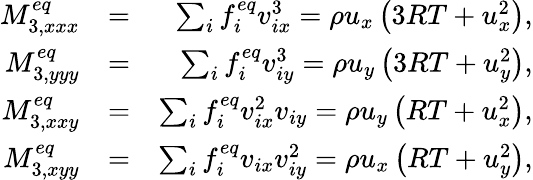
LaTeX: \begin{array}{rlr}{M_{3,xxx}^{eq}}&{=}&{\sum_{i}{f_{i}^{eq}v_{ix}^{3}}=\rho{u_{x}}\left({3RT+u_{x}^{2}}\right),}\\ {M_{3,yyy}^{eq}}&{=}&{\sum_{i}{f_{i}^{eq}v_{iy}^{3}}=\rho{u_{y}}\left({3RT+u_{y}^{2}}\right),}\\ {M_{3,xxy}^{eq}}&{=}&{\sum_{i}{f_{i}^{eq}v_{ix}^{2}{v_{iy}}}=\rho{u_{y}}\left({RT+u_{x}^{2}}\right),}\\ {M_{3,xyy}^{eq}}&{=}&{\sum_{i}{f_{i}^{eq}{v_{ix}}v_{iy}^{2}}=\rho{u_{x}}\left({RT+u_{y}^{2}}\right),}\end{array}